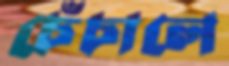
চেঁচালে